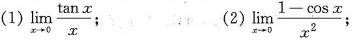
(1) $$\lim _ { x \rightarrow 0 } \frac { \tan x } { x }$$ ; (2) $$\lim _ { x \rightarrow 0 } \frac { 1 - \ cos x } { x ^ { 2 } }$$ ;